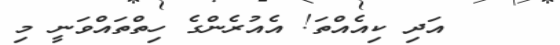
އަދި ކިއެއްތަ! އެއުރެންގެ ހިތްތައްވަނީ މި